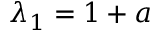
\lambda _ { 1 } = 1 + a